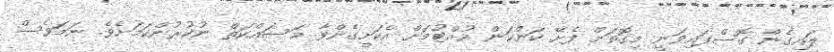
ލައިގެން ގޮސްފައިވަނީ މިގޮތަށް ފެށޭ ކަންކަން ހުއްޓުމަށް އެކަށީގެންވާ މަސައްކަތް ނުކުރުންކަމަށެވެ. ނަމަވެސް